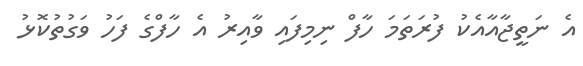
އެ ނަތީޖާއާއެކު ފުރަތަމަ ހާފް ނިމިފައި ވާއިރު އެ ހާފްގެ ފަހު ވަގުތުކޮޅު